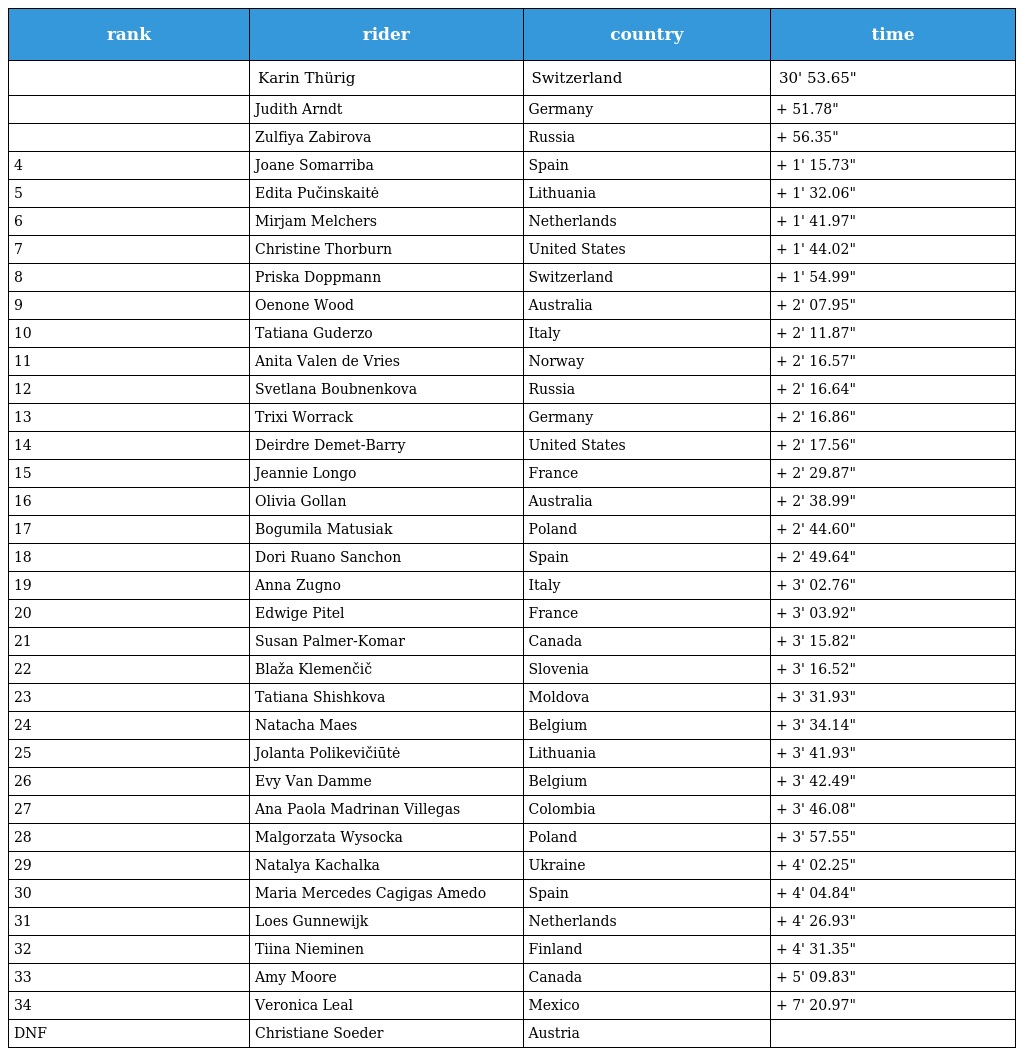
| rank | rider | country | time |
 | --- | --- | --- | --- |
 |  | Karin Thürig | Switzerland | 30' 53.65" |
 |  | Judith Arndt | Germany | + 51.78" |
 |  | Zulfiya Zabirova | Russia | + 56.35" |
 | 4 | Joane Somarriba | Spain | + 1' 15.73" |
 | 5 | Edita Pučinskaitė | Lithuania | + 1' 32.06" |
 | 6 | Mirjam Melchers | Netherlands | + 1' 41.97" |
 | 7 | Christine Thorburn | United States | + 1' 44.02" |
 | 8 | Priska Doppmann | Switzerland | + 1' 54.99" |
 | 9 | Oenone Wood | Australia | + 2' 07.95" |
 | 10 | Tatiana Guderzo | Italy | + 2' 11.87" |
 | 11 | Anita Valen de Vries | Norway | + 2' 16.57" |
 | 12 | Svetlana Boubnenkova | Russia | + 2' 16.64" |
 | 13 | Trixi Worrack | Germany | + 2' 16.86" |
 | 14 | Deirdre Demet-Barry | United States | + 2' 17.56" |
 | 15 | Jeannie Longo | France | + 2' 29.87" |
 | 16 | Olivia Gollan | Australia | + 2' 38.99" |
 | 17 | Bogumila Matusiak | Poland | + 2' 44.60" |
 | 18 | Dori Ruano Sanchon | Spain | + 2' 49.64" |
 | 19 | Anna Zugno | Italy | + 3' 02.76" |
 | 20 | Edwige Pitel | France | + 3' 03.92" |
 | 21 | Susan Palmer-Komar | Canada | + 3' 15.82" |
 | 22 | Blaža Klemenčič | Slovenia | + 3' 16.52" |
 | 23 | Tatiana Shishkova | Moldova | + 3' 31.93" |
 | 24 | Natacha Maes | Belgium | + 3' 34.14" |
 | 25 | Jolanta Polikevičiūtė | Lithuania | + 3' 41.93" |
 | 26 | Evy Van Damme | Belgium | + 3' 42.49" |
 | 27 | Ana Paola Madrinan Villegas | Colombia | + 3' 46.08" |
 | 28 | Malgorzata Wysocka | Poland | + 3' 57.55" |
 | 29 | Natalya Kachalka | Ukraine | + 4' 02.25" |
 | 30 | Maria Mercedes Cagigas Amedo | Spain | + 4' 04.84" |
 | 31 | Loes Gunnewijk | Netherlands | + 4' 26.93" |
 | 32 | Tiina Nieminen | Finland | + 4' 31.35" |
 | 33 | Amy Moore | Canada | + 5' 09.83" |
 | 34 | Veronica Leal | Mexico | + 7' 20.97" |
 | DNF | Christiane Soeder | Austria |  |